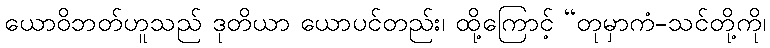
ယောဝိဘတ်ဟူသည် ဒုတိယာ ယောပင်တည်း၊ ထို့ကြောင့် “တုမှာကံ-သင်တို့ကို၊